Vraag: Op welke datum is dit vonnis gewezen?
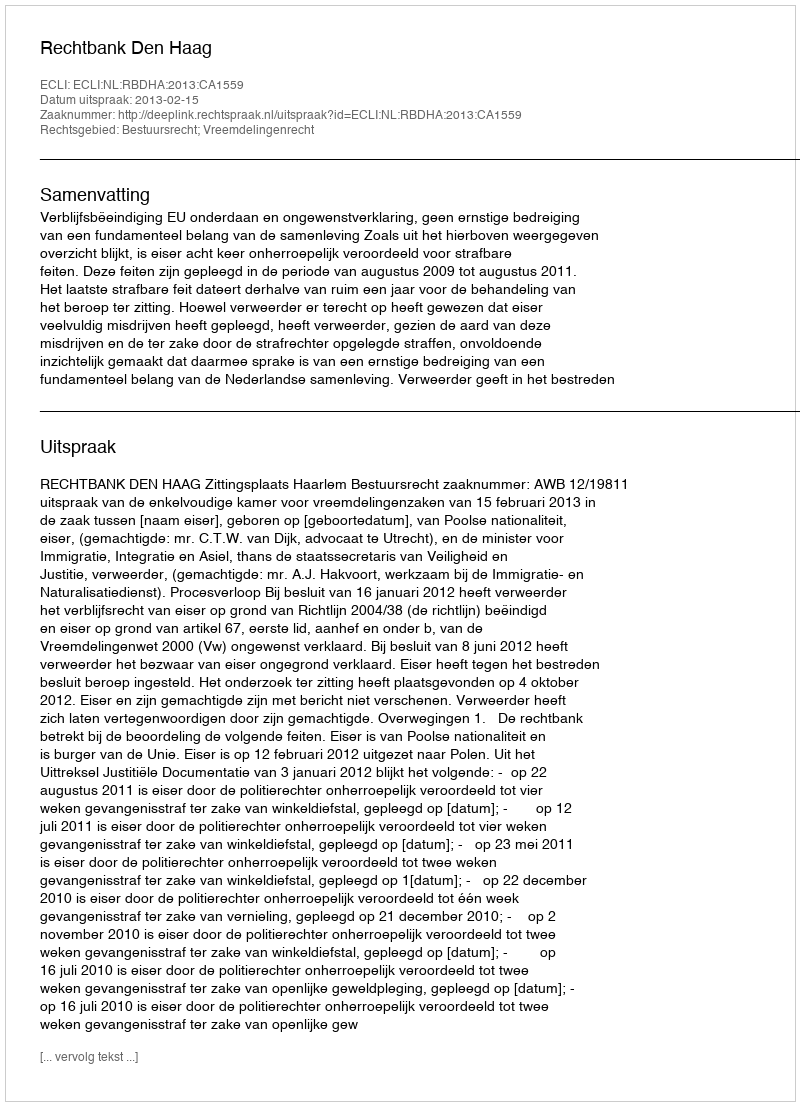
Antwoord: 2013-02-15